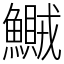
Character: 鱡